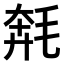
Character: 𣮡